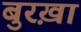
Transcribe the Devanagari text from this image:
बुरख़ा